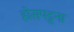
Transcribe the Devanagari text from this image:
होसपट्टना